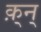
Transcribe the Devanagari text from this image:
क़्न्